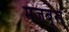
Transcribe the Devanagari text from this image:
मजबूरों